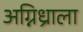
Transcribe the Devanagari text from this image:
अग्निध्राला